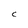
Character: C